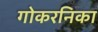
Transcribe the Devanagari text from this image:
गोकरनिका